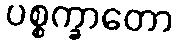
ပစ္စက္ခာတော